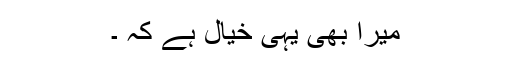
میرا بھی یہی خیال ہے کہ ۔